Vaccination report Assam 1896-1927 - 1896-1927
Year: 1896
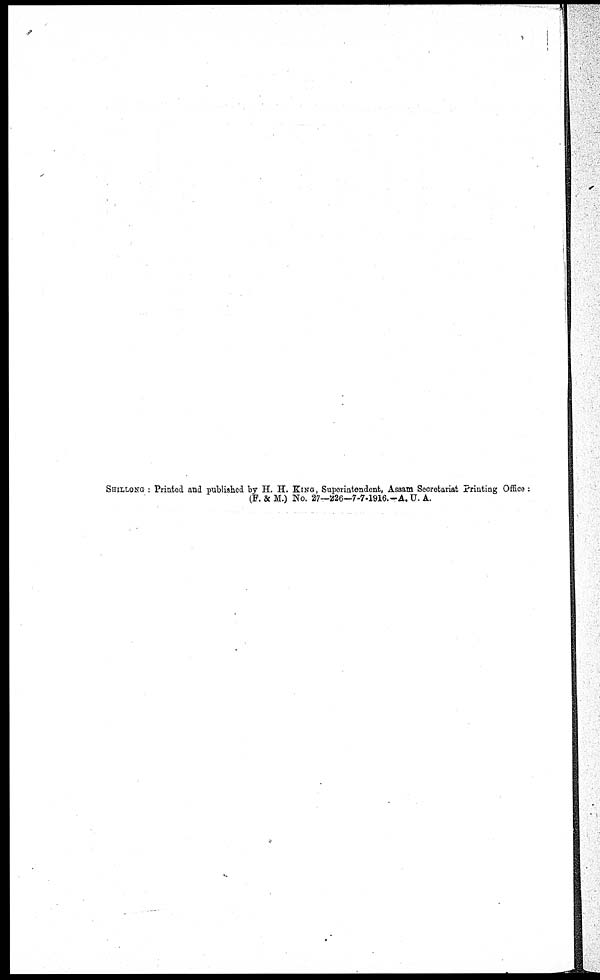
SHILLONG : Printed and published by H. H. KING, Superintendent, Assam Secretariat Printing Office:
(F. & M.) No. 27—226—7-7-1916. -A. U. A.